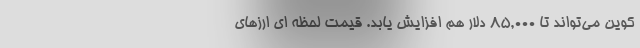
کوین می‌تواند تا ۸۵,۰۰۰ دلار هم افزایش یابد. قیمت لحظه ای ارزهای